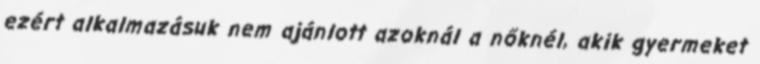
ezért alkalmazásuk nem ajánlott azoknál a nőknél, akik gyermeket